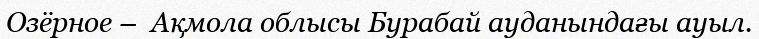
Озёрное –  Ақмола облысы Бурабай ауданындағы ауыл.